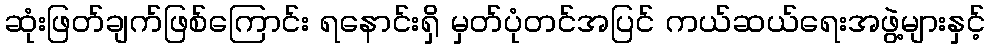
ဆုံးဖြတ်ချက်ဖြစ်ကြောင်း ရနောင်းရှိ မှတ်ပုံတင်အပြင် ကယ်ဆယ်ရေးအဖွဲ့များနှင့်